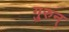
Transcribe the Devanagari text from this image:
गुरुन्